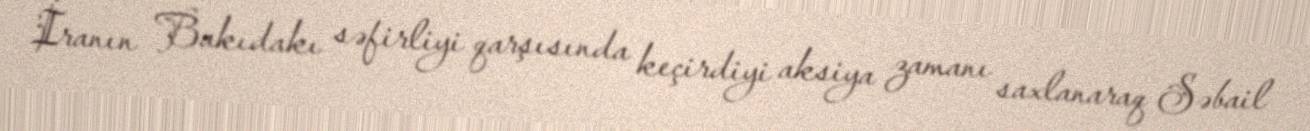
İranın Bakıdakı səfirliyi qarşısında keçirdiyi aksiya zamanı saxlanaraq Səbail